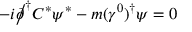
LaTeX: - i { \partial \! \! \! { \big / } } ^ { \dagger } C ^ { * } \psi ^ { * } - m ( \gamma ^ { 0 } ) ^ { \dagger } \psi = 0